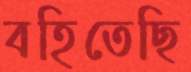
বহিতেছি